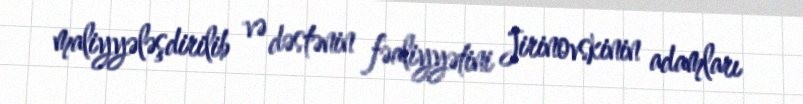
maliyyələşdirilib və dəstənin fəaliyyətini Jirinovskinin adamları